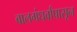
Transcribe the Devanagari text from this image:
बालगंधर्वांपासून